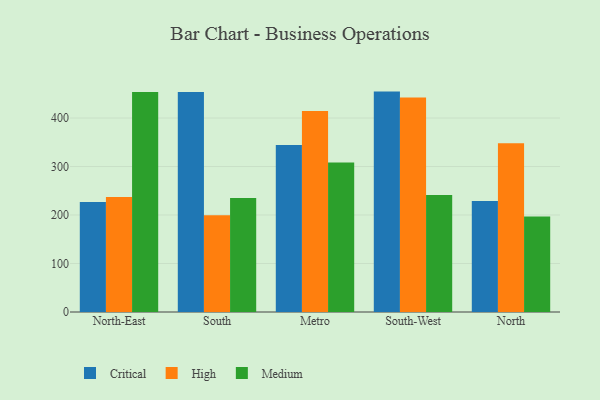
{"axis": {"x": "Region", "y": "LTV (USD)"}, "legend": ["Critical", "High", "Medium"], "data": [{"x": "North-East", "y": 226.8, "type": "Critical"}, {"x": "North-East", "y": 237.0, "type": "High"}, {"x": "North-East", "y": 453.5, "type": "Medium"}, {"x": "South", "y": 453.7, "type": "Critical"}, {"x": "South", "y": 199.7, "type": "High"}, {"x": "South", "y": 235.3, "type": "Medium"}, {"x": "Metro", "y": 344.5, "type": "Critical"}, {"x": "Metro", "y": 414.5, "type": "High"}, {"x": "Metro", "y": 308.1, "type": "Medium"}, {"x": "South-West", "y": 454.5, "type": "Critical"}, {"x": "South-West", "y": 442.1, "type": "High"}, {"x": "South-West", "y": 241.3, "type": "Medium"}, {"x": "North", "y": 229.0, "type": "Critical"}, {"x": "North", "y": 348.2, "type": "High"}, {"x": "North", "y": 196.9, "type": "Medium"}]}